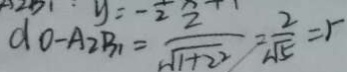
d _ { 0 } - A _ { 2 } B _ { 1 } = \frac { 2 } { \sqrt { 1 + 2 ^ { 2 } } } = \frac { 2 } { \sqrt { 5 } } =